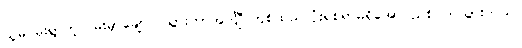
သူမ မိုးရွာတဲ့လမ်းမှာချော်လဲသွားတာအင်္ကျီ တစ်ထည်လုံးရစရာမရှိအောင်ညစ်ပတ်သွားတယ်။